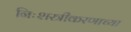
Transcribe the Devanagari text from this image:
निःशस्त्रीकरणाच्या